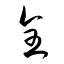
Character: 全